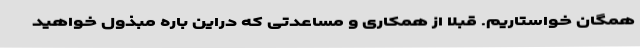
همگان خواستاریم. قبلا از همکاری و مساعدتی که دراین باره مبذول خواهید